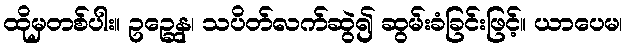
ထိုမှတစ်ပါး။ ဥဉ္ဆေန၊ သပိတ်လက်ဆွဲ၍ ဆွမ်းခံခြင်းဖြင့်။ ယာပေမ၊